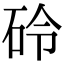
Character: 砱